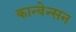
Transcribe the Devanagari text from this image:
कान्वेन्सन